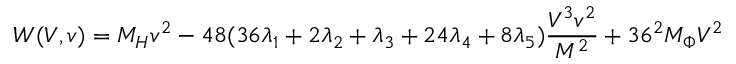
W ( V , v ) = M _ { H } v ^ { 2 } - 4 8 ( 3 6 \lambda _ { 1 } + 2 \lambda _ { 2 } + \lambda _ { 3 } + 2 4 \lambda _ { 4 } + 8 \lambda _ { 5 } ) \frac { V ^ { 3 } v ^ { 2 } } { M ^ { 2 } } + 3 6 ^ { 2 } M _ { \Phi } V ^ { 2 }